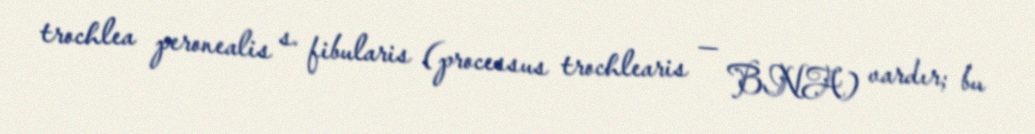
trochlea peronealis s. fibularis (processus trochlearis — BNA) vardır; bu